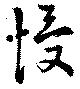
慢